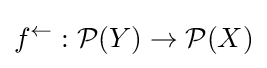
f^{\leftarrow }:{\mathcal {P}}(Y)\to {\mathcal {P}}(X)